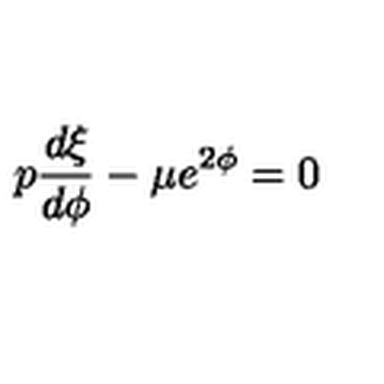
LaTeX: p \frac { d \xi } { d \phi } - \mu e ^ { 2 \phi } = 0